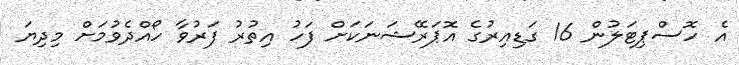
އެ ހޮސްޕިޓަލުން 16 ގަޑިއިރުގެ އޮޕަރޭޝަނަކަށް ފަހު އިތުރު ފަރުވާ ހޯއްދެވުމަށް މިދިޔަ